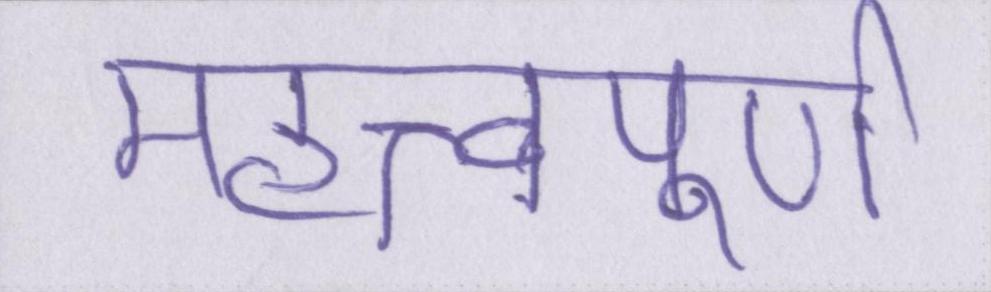
महत्त्वपूर्ण